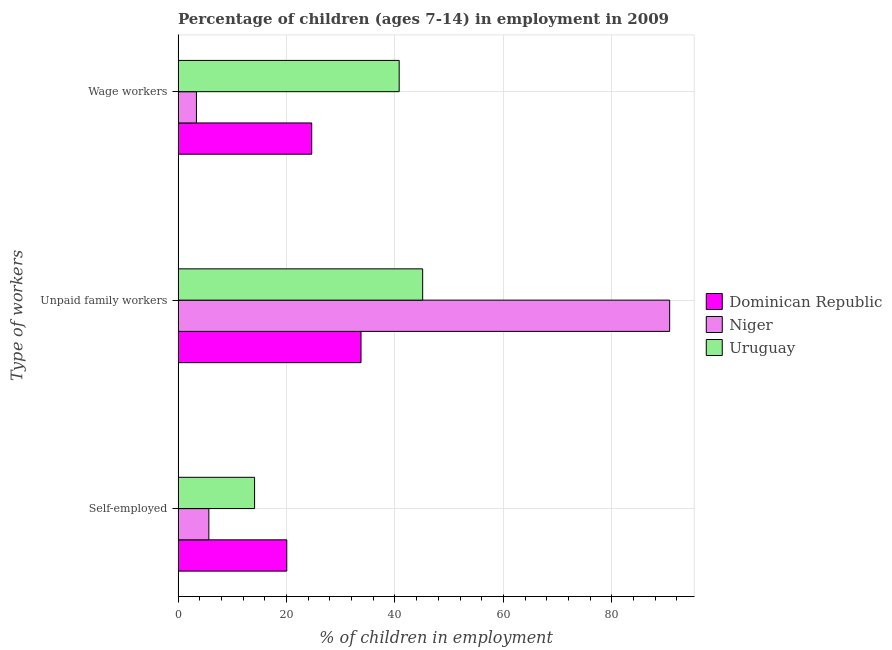
| Type of workers | Dominican Republic | Niger | Uruguay |
 | --- | --- | --- | --- |
 | Self-employed | 20.1 | 5.68 | 14.1 |
 | Unpaid family workers | 33.7 | 90.7 | 45.1 |
 | Wage workers | 24.6 | 3.39 | 40.8 |